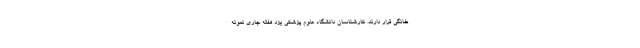
خانگی قرار دارند. کارشناسان دانشگاه علوم پزشکی یزد هفته جاری نمونه